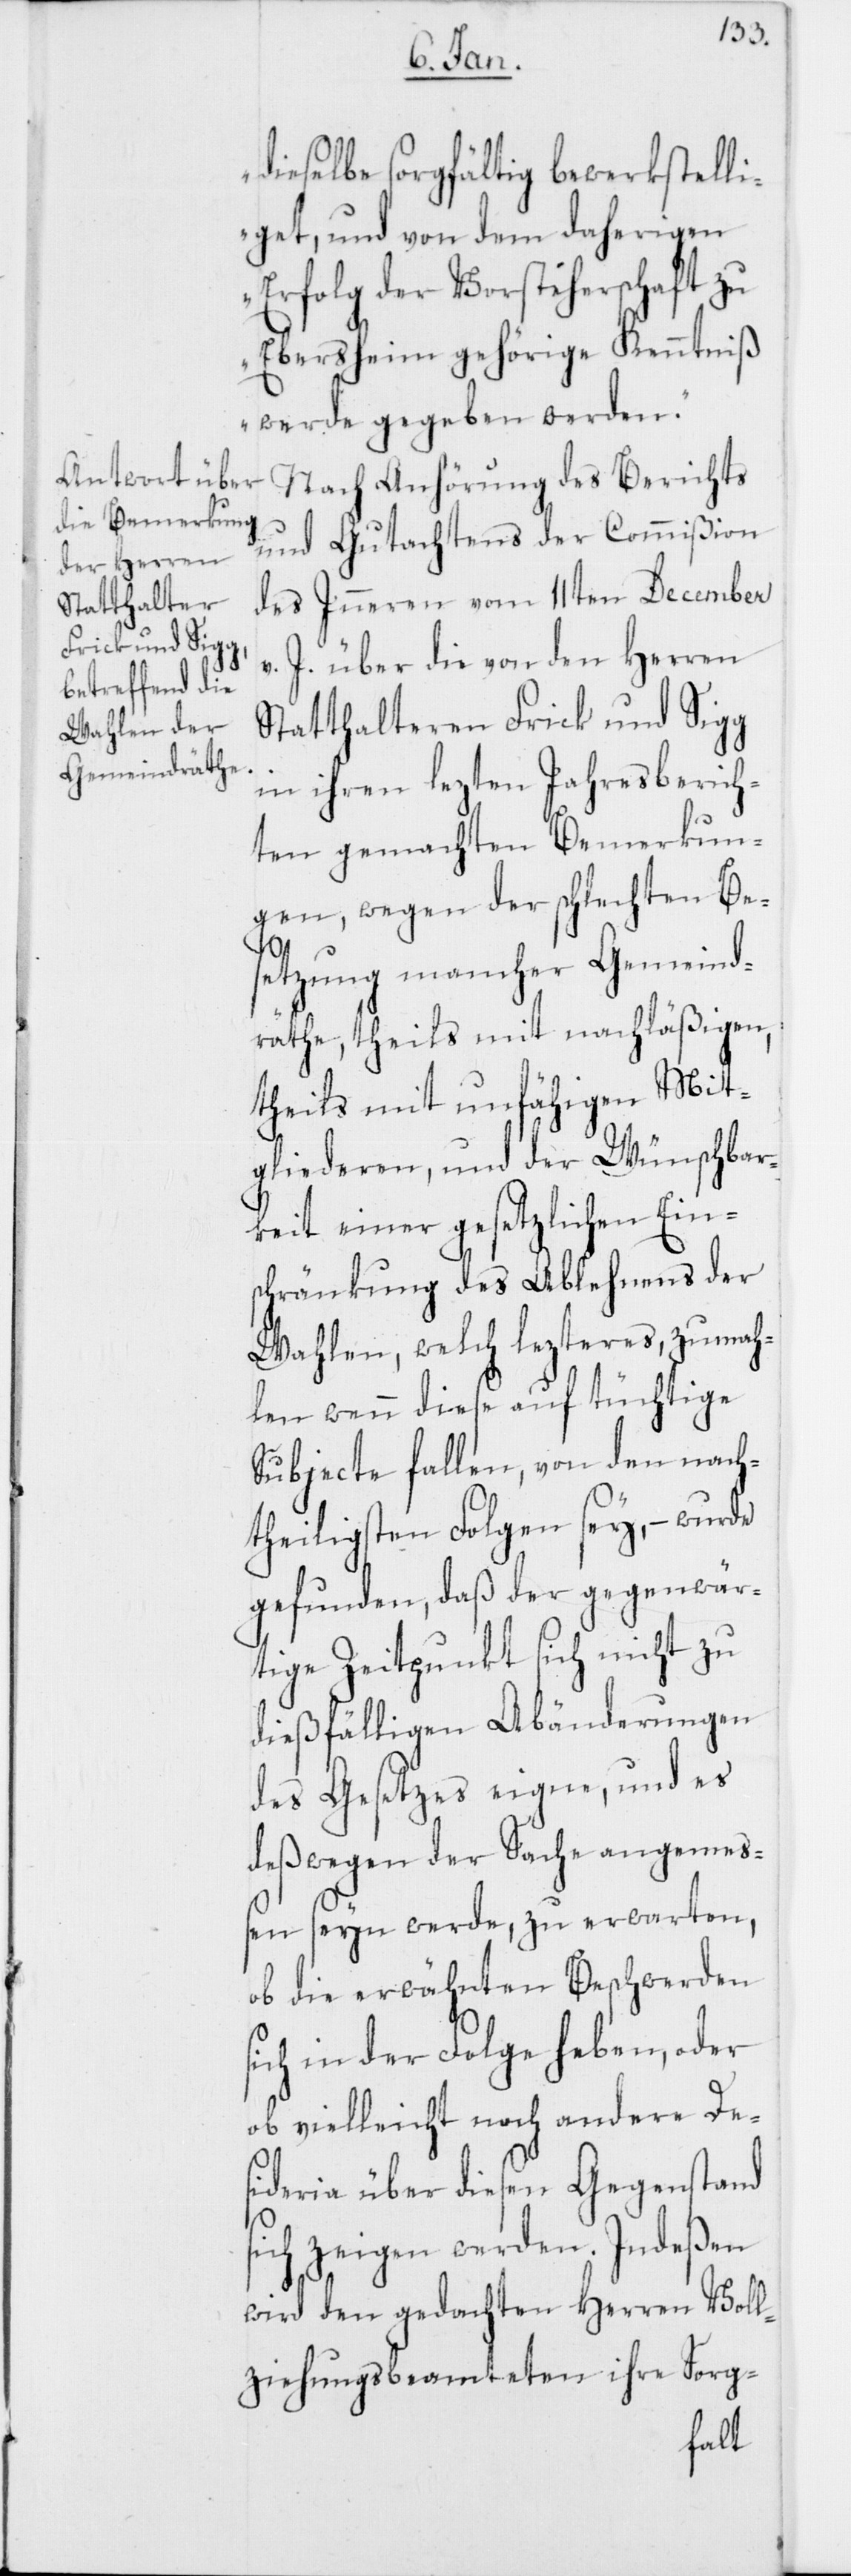
dieselbe sorgfältig bewerkstelli¬
get, und von dem daherigen
Erfolg der Vorsteherschaft zu
Ebersheim gehörige Kenntniß
werde gegeben werden.“
Nach Anhörung des Berichts
und Gutachtens der Commißion
des Inneren vom 11ten December
v. J. über die von den Herren
Statthalteren Frick und Sigg
in ihren lezten Jahresberich¬
ten gemachten Bemerkun¬
gen, wegen der schlechten Be¬
setzung mancher Gemeind¬
räthe, theils mit nachläßigen,
theils mit unfähigen Mit¬
gliederen, und der Wünschbar¬
keit einer gesetzlichen Ein¬
schränkung des Ablehnens der
Wahlen, welch lezteres, zumah¬
len wenn diese auf tüchtige
Subjecte fallen, von den nach¬
theiligsten Folgen sey, – wurde
gefunden, daß der gegenwär¬
tige Zeitpunkt sich nicht zu
dießfälligen Abänderungen
des Gesetzes eigne, und es
deßwegen der Sache angemeß¬
en seyn werde, zu erwarten,
ob die erwähnten Beschwerden
sich in der Folge heben, oder
ob vielleicht noch andere De¬
sideria über diesen Gegenstand
sich zeigen werden. Indeßen
wird den gedachten Herren Voll¬
ziehungsbeamteten ihre Sorg-